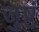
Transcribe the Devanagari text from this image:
जुष्टं